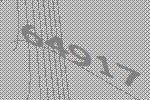
64917